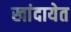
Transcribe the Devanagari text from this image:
खांदायेत